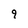
Character: 9